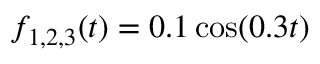
f _ { 1 , 2 , 3 } ( t ) = 0 . 1 \cos ( 0 . 3 t )